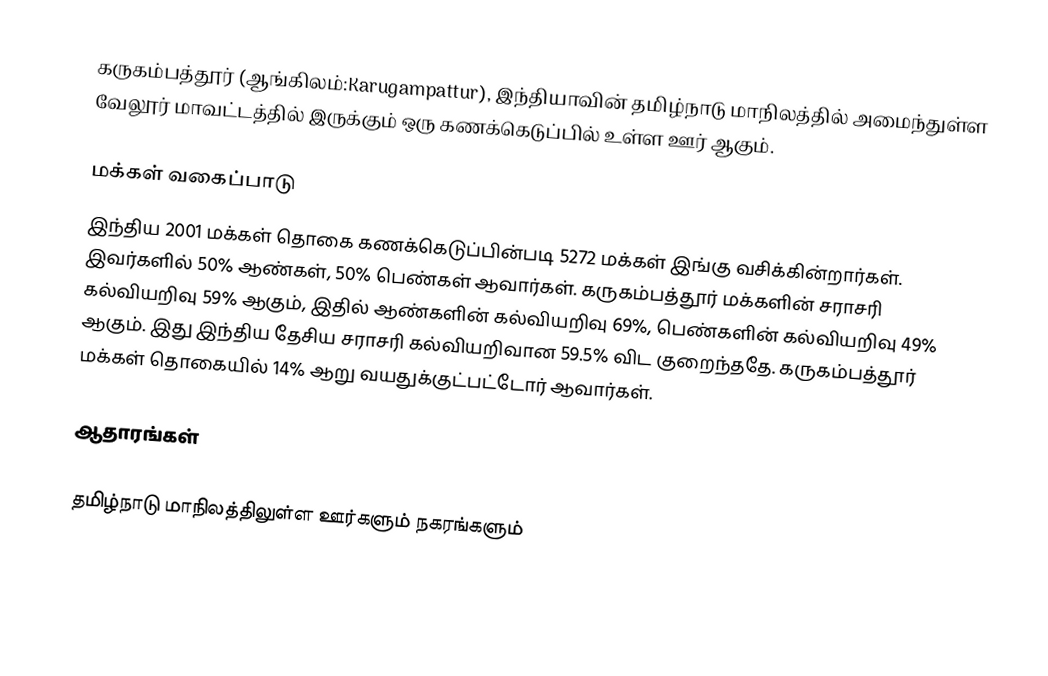
கருகம்பத்தூர் (ஆங்கிலம்:Karugampattur), இந்தியாவின் தமிழ்நாடு மாநிலத்தில் அமைந்துள்ள வேலூர் மாவட்டத்தில் இருக்கும் ஒரு கணக்கெடுப்பில் உள்ள ஊர்  ஆகும்.

மக்கள் வகைப்பாடு
இந்திய 2001 மக்கள் தொகை கணக்கெடுப்பின்படி 5272 மக்கள் இங்கு வசிக்கின்றார்கள். இவர்களில் 50% ஆண்கள், 50% பெண்கள் ஆவார்கள். கருகம்பத்தூர் மக்களின் சராசரி கல்வியறிவு 59% ஆகும்,  இதில் ஆண்களின் கல்வியறிவு 69%,  பெண்களின் கல்வியறிவு 49% ஆகும். இது இந்திய தேசிய சராசரி கல்வியறிவான 59.5% விட குறைந்ததே. கருகம்பத்தூர் மக்கள் தொகையில் 14%  ஆறு வயதுக்குட்பட்டோர் ஆவார்கள்.

ஆதாரங்கள்

 தமிழ்நாடு மாநிலத்திலுள்ள ஊர்களும் நகரங்களும்